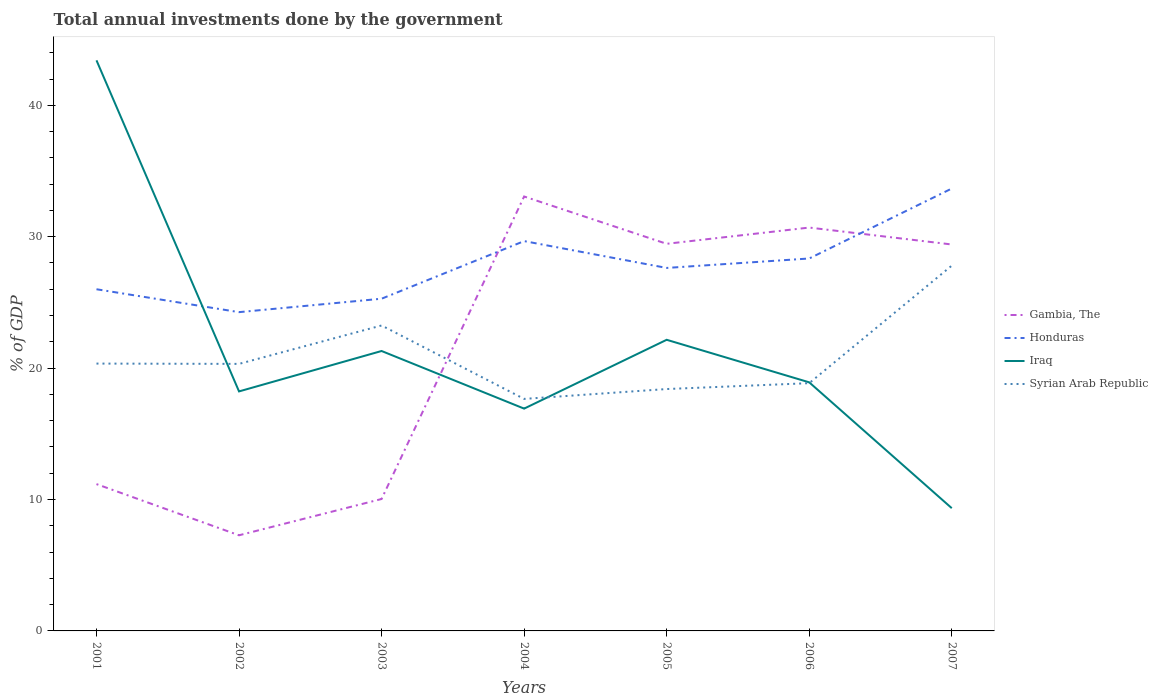
| Years | Gambia, The | Honduras | Iraq | Syrian Arab Republic |
 | --- | --- | --- | --- | --- |
 | 2001 | 11.2 | 26 | 43.4 | 20.3 |
 | 2002 | 7.28 | 24.3 | 18.2 | 20.3 |
 | 2003 | 10 | 25.3 | 21.3 | 23.2 |
 | 2004 | 33.1 | 29.7 | 16.9 | 17.7 |
 | 2005 | 29.5 | 27.6 | 22.2 | 18.4 |
 | 2006 | 30.7 | 28.3 | 18.9 | 18.9 |
 | 2007 | 29.4 | 33.7 | 9.34 | 27.8 |